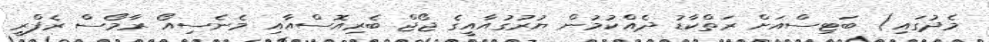
މެދުގައި) ބަޓިސްއަށް ރަތްކާޑު ދެއްކުމުން ޔުރުގުއާއީގެ ޖޯޖް ބެރިއޮސްއާއި މެނެސިއޯ ރާމޯސް ރެފްރީ